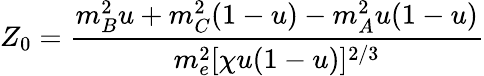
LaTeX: Z_{0}=\frac{m_{B}^{2}u+m_{C}^{2}(1-u)-m_{A}^{2}u(1-u)}{m_{e}^{2}[\chi u(1-u)]^{2/3}}